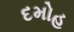
દમોહ